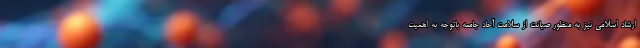
ارشاد اسلامی نیز به منظور صیانت از سلامت آحاد جامعه باتوجه به اهمیت